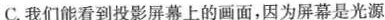
C.我们能看到投影屏幕上的画面，因为屏幕是光源